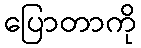
ပြောတာကို